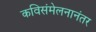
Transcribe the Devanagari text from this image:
कविसंमेलनानंतर